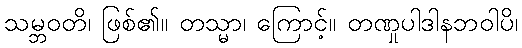
သမ္ဘဝတိ၊ ဖြစ်၏။ တသ္မာ၊ ကြောင့်။ တဏှုပါဒါနဘဝါပိ၊